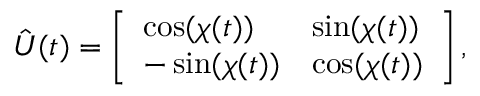
\hat { U } ( t ) = \left[ \begin{array} { l l } { \cos ( \chi ( t ) ) } & { \sin ( \chi ( t ) ) } \\ { - \sin ( \chi ( t ) ) } & { \cos ( \chi ( t ) ) } \end{array} \right] ,